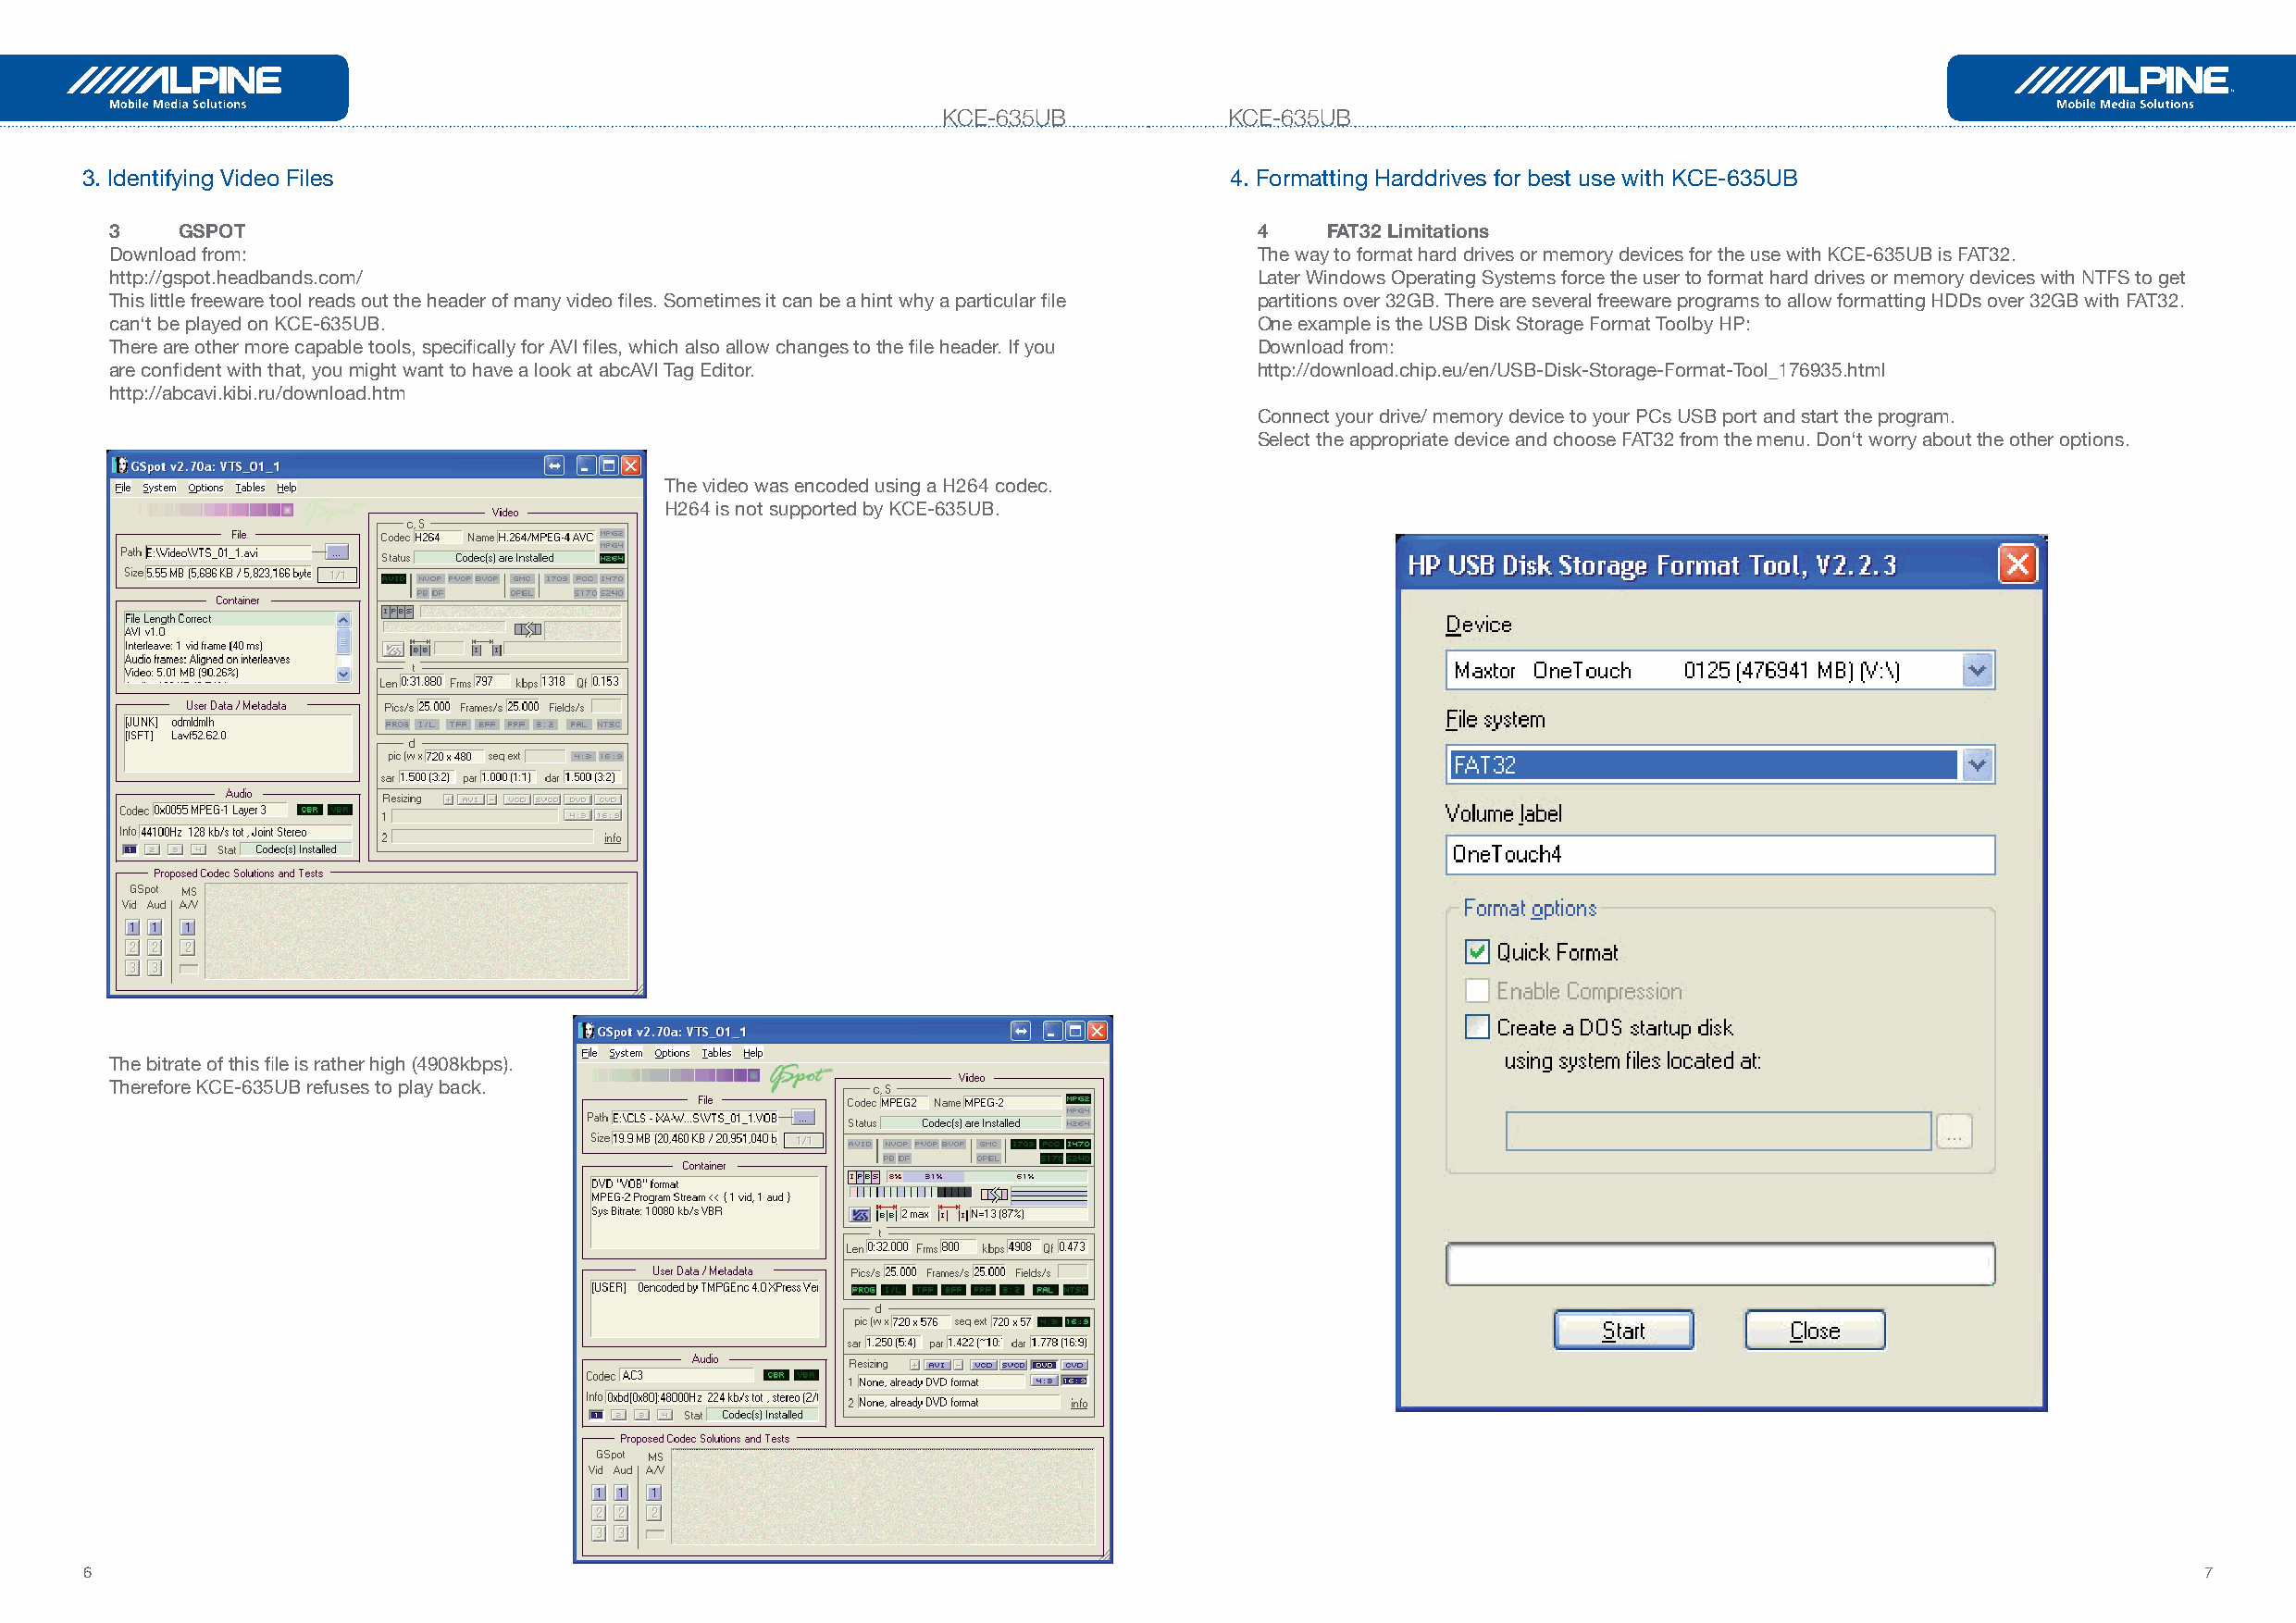
KCE-635UB            KCE-635UB
 3. Identifying Video Files                                                        4. Formatting Harddrives for best use with KCE-635UB
 3    GSPOT                                                                        4    FAT32 Limitations
 Download from:                                                                    The way to format hard drives or memory devices for the use with KCE-635UB is FAT32.
 http://gspot.headbands.com/                                                       Later Windows Operating Systems force the user to format hard drives or memory devices with NTFS to get
 This little freeware tool reads out the header of many video files. Sometimes it can be a hint why a particular file partitions over 32GB. There are several freeware programs to allow formatting HDDs over 32GB with FAT32.
 can‘t be played on KCE-635UB.                                                     One example is the USB Disk Storage Format Toolby HP:
 There are other more capable tools, specifically for AVI files, which also allow changes to the file header. If you Download from:
 are confident with that, you might want to have a look at abcAVI Tag Editor.      http://download.chip.eu/en/USB-Disk-Storage-Format-Tool_176935.html
 http://abcavi.kibi.ru/download.htm
 Connect your drive/ memory device to your PCs USB port and start the program.
 Select the appropriate device and choose FAT32 from the menu. Don‘t worry about the other options.
 The video was encoded using a H264 codec.
 H264 is not supported by KCE-635UB.
 The bitrate of this file is rather high (4908kbps).
 Therefore KCE-635UB refuses to play back.
 6                                                                                                                                                       7